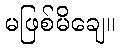
မဖြစ်မိချေ။